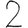
Digit: 2